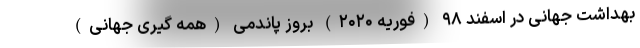
بهداشت جهانی در اسفند ۹۸ (فوریه ۲۰۲۰) بروز پاندمی (همه گیری جهانی)